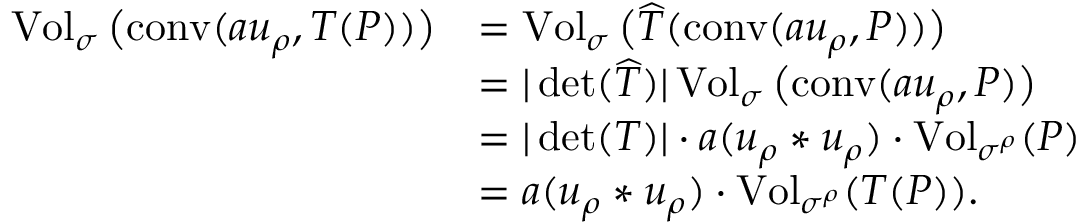
\begin{array} { r l } { \operatorname { V o l } _ { \sigma } \big ( \mathrm { c o n v } ( a u _ { \rho } , T ( P ) ) \big ) } & { = \operatorname { V o l } _ { \sigma } \big ( \widehat T ( \mathrm { c o n v } ( a u _ { \rho } , P ) ) \big ) } \\ & { = | \operatorname* { d e t } ( \widehat T ) | \operatorname { V o l } _ { \sigma } \big ( \mathrm { c o n v } ( a u _ { \rho } , P ) \big ) } \\ & { = | \operatorname* { d e t } ( T ) | \cdot a ( u _ { \rho } * u _ { \rho } ) \cdot \operatorname { V o l } _ { \sigma ^ { \rho } } ( P ) } \\ & { = a ( u _ { \rho } * u _ { \rho } ) \cdot \operatorname { V o l } _ { \sigma ^ { \rho } } ( T ( P ) ) . } \end{array}